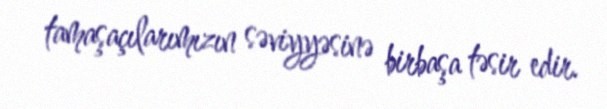
tamaşaçılarımızın səviyyəsinə birbaşa təsir edir.